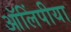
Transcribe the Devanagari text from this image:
ऑलिंपीया